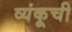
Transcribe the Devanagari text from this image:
व्यंकूची